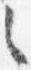
之